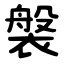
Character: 褩